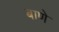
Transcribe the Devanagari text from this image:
बाणे